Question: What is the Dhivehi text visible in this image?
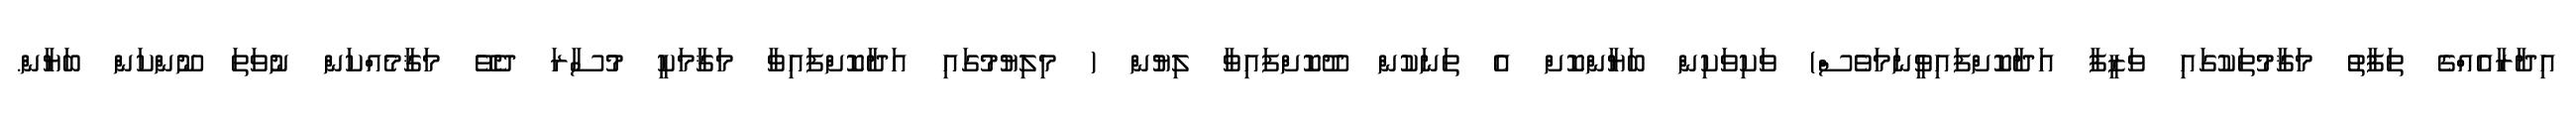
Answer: އިދާރާއެއްގެ ތަފާތު މަޤާމުތަކުގައި ވަޒީފާ އަދާކޮށްފައިވީނަމަވެސް) ވަކިވަކިން ބަޔާންކޮށް އެ ތަނަކުން ދޫކޮށްފައިވާ ލިޔުން ( މިލިޔުމުގައި އަދާކޮށްފައިވާ މަޤާމަކީ މުސާރަ ދެވޭ މަޤާމެއްކަން ނުވަތަ ނޫންކަން ބަޔާން.